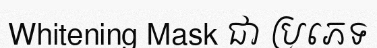
Whitening Mask ជា ប្រភេទ